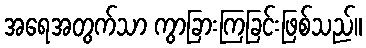
အရေအတွက်သာ ကွာခြားကြခြင်းဖြစ်သည်။